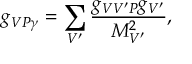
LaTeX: g _ { V P \gamma } = \sum _ { V ^ { \prime } } \frac { g _ { V V ^ { \prime } P } g _ { V ^ { \prime } } } { M _ { V ^ { \prime } } ^ { 2 } } ,